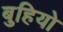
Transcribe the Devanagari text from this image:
बुहियो